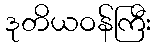
ဒုတိယဝန်ကြီး